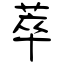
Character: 萃